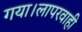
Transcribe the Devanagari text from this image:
गया।लापरवाही